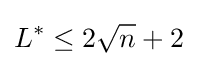
L^{*}\leq 2{\sqrt {n}}+2